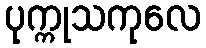
ပုက္ကုသကုလေ